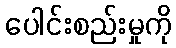
ပေါင်းစည်းမှုကို